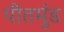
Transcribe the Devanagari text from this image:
पीतमुंड